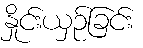
နှိုင်းယှဉ်ခြင်း